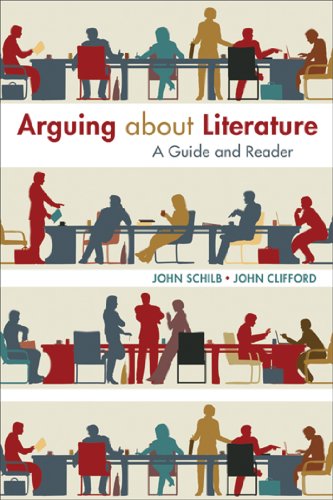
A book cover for Arguing about Literature: A Guide and Reader; John Schilb; Literature & Fiction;